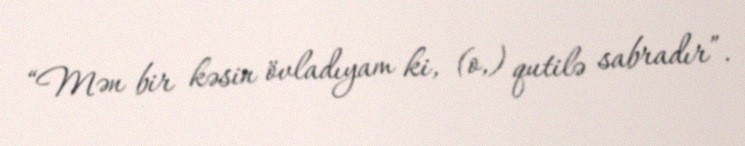
“Mən bir kəsin övladıyam ki, (o,) qutilə sabradır”.